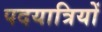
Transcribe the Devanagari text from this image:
पदयात्रियों